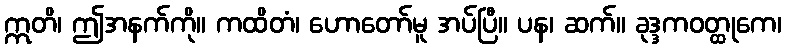
ဣတိ၊ ဤအနက်ကို။ ကထိတံ၊ ဟောတော်မူ အပ်ပြီ။ ပန၊ ဆက်။ ခုဒ္ဒကဝတ္ထုကေ၊